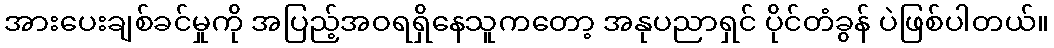
အားပေးချစ်ခင်မှုကို အပြည့်အဝရရှိနေသူကတော့ အနုပညာရှင် ပိုင်တံခွန် ပဲဖြစ်ပါတယ်။